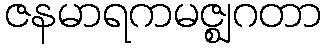
ဇနမာရကမဇ္ဈဂတာ